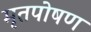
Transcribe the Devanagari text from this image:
मृतपोषण